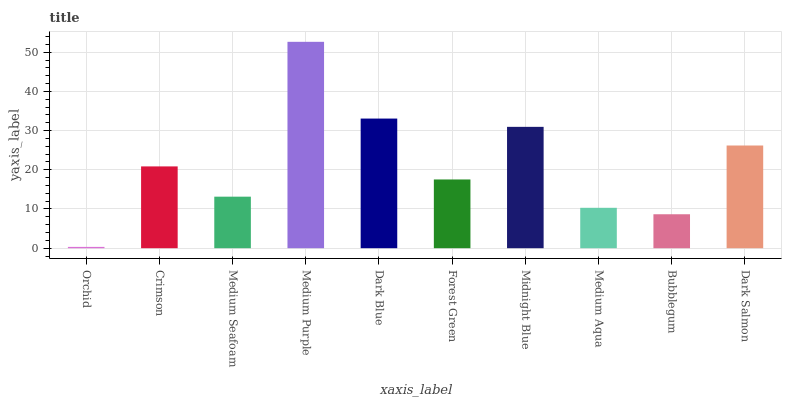
| xaxis_label | bars |
 | --- | --- |
 | Orchid | 0.333 |
 | Crimson | 20.9 |
 | Medium Seafoam | 13.1 |
 | Medium Purple | 52.6 |
 | Dark Blue | 33.1 |
 | Forest Green | 17.5 |
 | Midnight Blue | 31 |
 | Medium Aqua | 10.3 |
 | Bubblegum | 8.66 |
 | Dark Salmon | 26.2 |